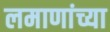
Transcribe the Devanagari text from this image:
लमाणांच्या